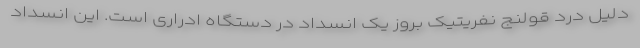
دلیل درد قولنج نفریتیک بروز یک انسداد در دستگاه ادراری است. این انسداد